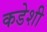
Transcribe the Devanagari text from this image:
कडेशी